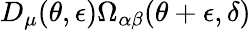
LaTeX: D_{\mu}(\theta,\epsilon)\Omega_{\alpha\beta}(\theta+\epsilon,\delta)